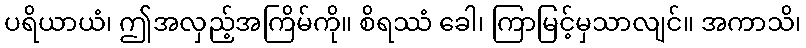
ပရိယာယံ၊ ဤအလှည့်အကြိမ်ကို။ စိရဿံ ခေါ၊ ကြာမြင့်မှသာလျင်။ အကာသိ၊